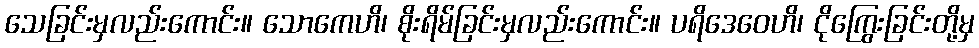
သေခြင်းမှလည်းကောင်း။ သောကေဟိ၊ စိုးရိမ်ခြင်းမှလည်းကောင်း။ ပရိဒေဝေဟိ၊ ငိုကြွေးခြင်းတို့မှ